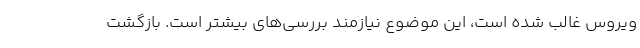
ویروس غالب شده است، این موضوع نیازمند بررسی‌های بیشتر است. بازگشت